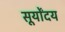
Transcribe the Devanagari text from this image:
सूर्योंदय